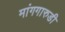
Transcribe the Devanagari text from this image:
मांगगारुडी